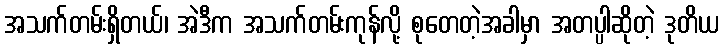
အသက်တမ်းရှိတယ်၊ အဲဒီက အသက်တမ်းကုန်လို့ စုတေတဲ့အခါမှာ အတပ္ပါဆိုတဲ့ ဒုတိယ